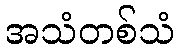
အသံတစ်သံ